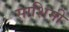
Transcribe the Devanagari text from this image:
साशिमी